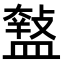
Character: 𥂱